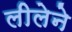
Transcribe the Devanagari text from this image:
लीलेने